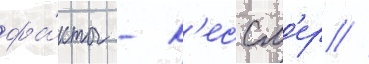
фа́кты - к'ессл'ер //